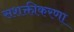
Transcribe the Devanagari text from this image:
सशक्तीकरणा